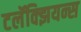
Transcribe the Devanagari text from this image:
टलॅक्झियन्स